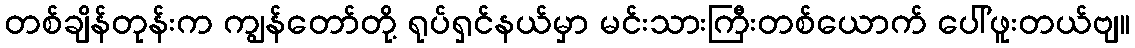
တစ်ချိန်တုန်းက ကျွန်တော်တို့ ရုပ်ရှင်နယ်မှာ မင်းသားကြီးတစ်ယောက် ပေါ်ဖူးတယ်ဗျ။